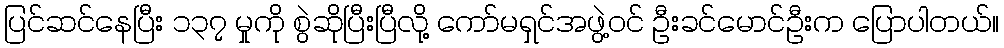
ပြင်ဆင်နေပြီး ၁၃၇ မှုကို စွဲဆိုပြီးပြီလို့ ကော်မရှင်အဖွဲ့ဝင် ဦးခင်မောင်ဦးက ပြောပါတယ်။